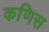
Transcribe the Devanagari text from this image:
कणिस